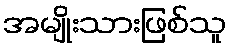
အမျိုးသားဖြစ်သူ